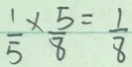
\frac { 1 } { 5 } \times \frac { 5 } { 8 } = \frac { 1 } { 8 }